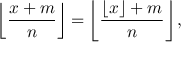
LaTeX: \left\lfloor { \frac { x + m } { n } } \right\rfloor = \left\lfloor { \frac { \lfloor x \rfloor + m } { n } } \right\rfloor ,